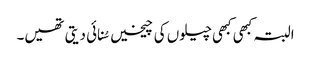
البتہ کبھی کبھی چیلوں کی چیخیں سُنائی دیتی تھیں۔